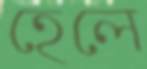
হেলে